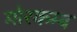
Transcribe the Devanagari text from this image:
मोरकम्ब